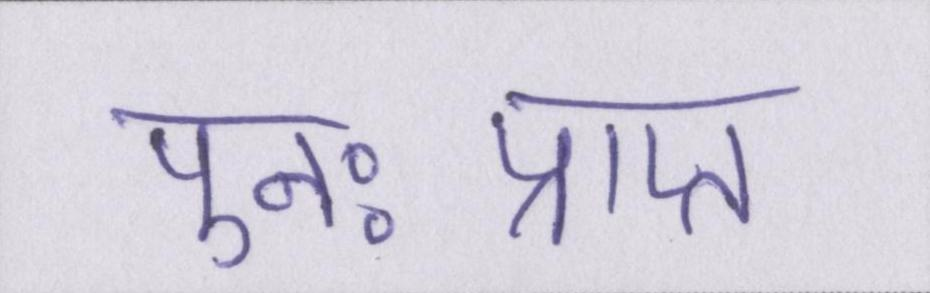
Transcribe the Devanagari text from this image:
पुनःप्राप्त